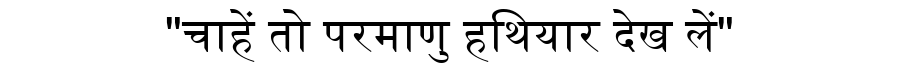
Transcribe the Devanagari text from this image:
"चाहें तो परमाणु हथियार देख लें"